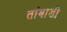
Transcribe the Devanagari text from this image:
तांबाडी